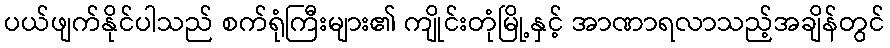
ပယ်ဖျက်နိုင်ပါသည် စက်ရုံကြီးများ၏ ကျိုင်းတုံမြို့နှင့် အာဏာရလာသည့်အချိန်တွင်